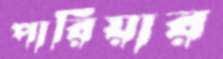
পারিয়ার